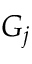
G _ { j }